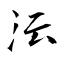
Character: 沄